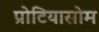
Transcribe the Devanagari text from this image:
प्रोटियासोम